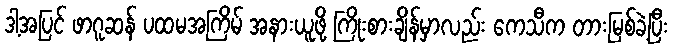
ဒါ့အပြင် ဖာဂူဆန် ပထမအကြိမ် အနားယူဖို့ ကြိုးစားချိန်မှာလည်း ကေသီက တားမြစ်ခဲ့ပြီး